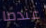
عندما